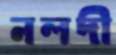
নলদী